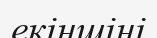
екіншіні